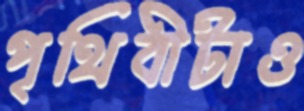
পৃথিবীটাও